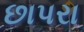
છાપરા